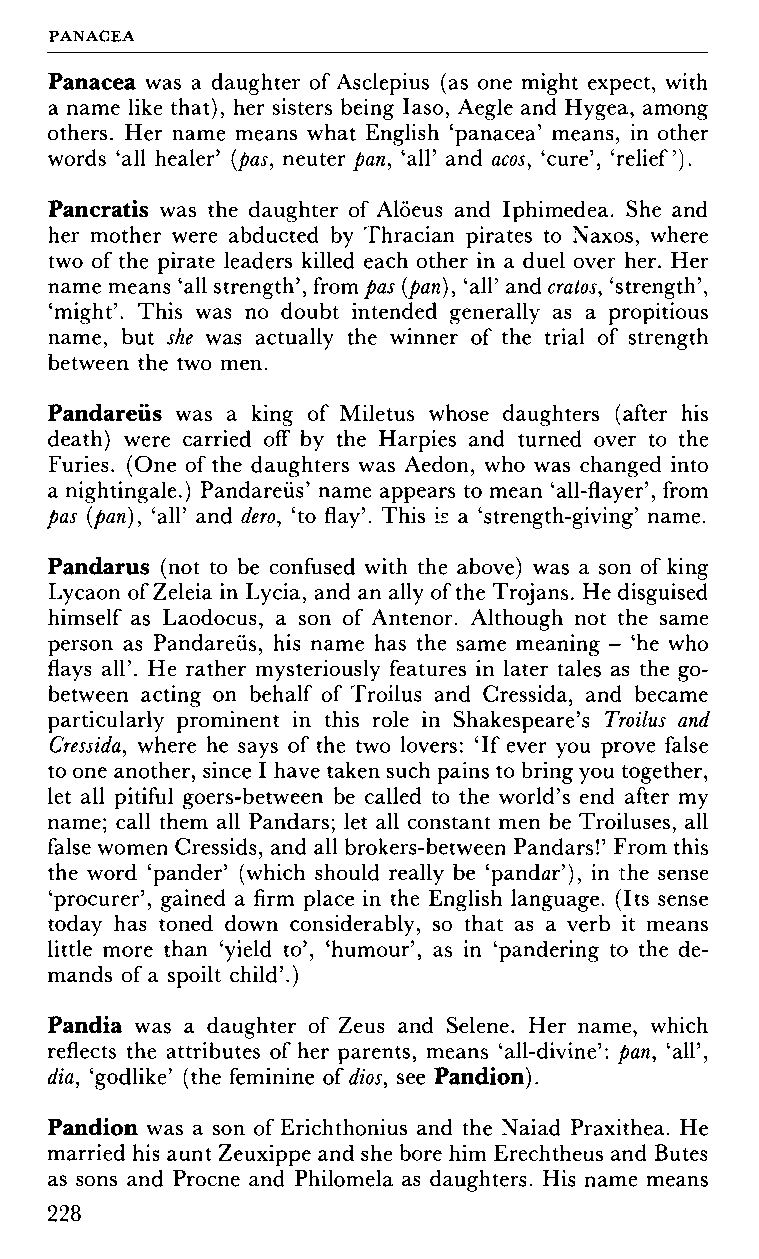
PANACEA
 Panacea was a daughter of Asclepius (as one might expect, with
 a name like that), her sisters being Iaso, Aegle and Hygea, among
 others. Her name means what English 'panacea' means, in other
 words 'all healer' (pas, neuter pan, 'all' and acos, 'cure', 'relief').
 Pancratis was the daughter of Alöeus and Iphimedea. She and
 her mother were abducted by Thracian pirates to Naxos, where
 two of the pirate leaders killed each other in a duel over her. Her
 name means 'all strength', from pas (pan), 'all' and cratos, 'strength',
 'might'. This was no doubt intended generally as a propitious
 name, but she was actually the winner of the trial of strength
 between the two men.
 Pandareüs was a king of Miletus whose daughters (after his
 death) were carried off by the Harpies and turned over to the
 Furies. (One of the daughters was Aedon, who was changed into
 a nightingale.) Pandareüs' name appears to mean 'all-flayer', from
 pas (pan), 'all' and dero, 'to flay'. This is a 'strength-giving' name.
 Pandarus (not to be confused with the above) was a son of king
 Lycaon of Zeleia in Lycia, and an ally of the Trojans. He disguised
 himself as Laodocus, a son of Antenor. Although not the same
 person as Pandareüs, his name has the same meaning - 'he who
 flays all'. He rather mysteriously features in later tales as the go-
 between acting on behalf of Troilus and Cressida, and became
 particularly prominent in this role in Shakespeare's Troilus and
 Cressida, where he says of the two lovers: 'If ever you prove false
 to one another, since I have taken such pains to bring you together,
 let all pitiful goers-between be called to the world's end after my
 name; call them all Pandars; let all constant men be Troiluses, all
 false women Cressids, and all brokers-between Pandars!' From this
 the word 'pander' (which should really be 'pandar'), in the sense
 'procurer', gained a firm place in the English language. (Its sense
 today has toned down considerably, so that as a verb it means
 little more than 'yield to', 'humour', as in 'pandering to the de
 mands of a spoilt child'.)
 Pandia was a daughter of Zeus and Selene. Her name, which
 reflects the attributes of her parents, means 'all-divine': pan, 'all',
 dia, 'godlike' (the feminine of dios, see Pandion).
 Pandion was a son of Erichthonius and the Naiad Praxithea. He
 married his aunt Zeuxippe and she bore him Erechtheus and Butes
 as sons and Procne and Philomela as daughters. His name means
 228